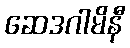
ဆေဒဂါမိနီ